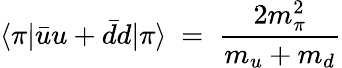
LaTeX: \langle\pi|\bar{u}u+\bar{d}d|\pi\rangle\ =\ \frac{2m_{\pi}^{2}}{m_{u}+m_{d}}